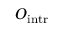
O _ { \mathrm { { i n t r } } }